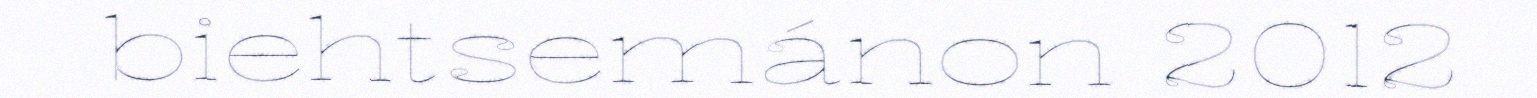
biehtsemánon 2012